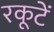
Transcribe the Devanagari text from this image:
रकूटें